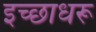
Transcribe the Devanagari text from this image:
इच्छाधरू